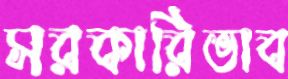
সরকারিভাব